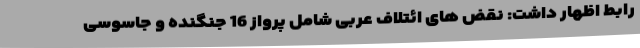
رابط اظهار داشت: نقض های ائتلاف عربی شامل پرواز 16 جنگنده و جاسوسی